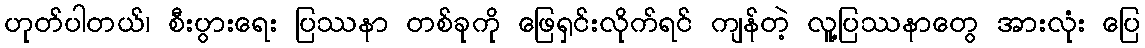
ဟုတ်ပါတယ်၊ စီးပွားရေး ပြဿနာ တစ်ခုကို ဖြေရှင်းလိုက်ရင် ကျန်တဲ့ လူ့ပြဿနာတွေ အားလုံး ပြေ